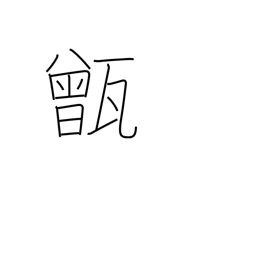
Meaning: rice-steaming pot